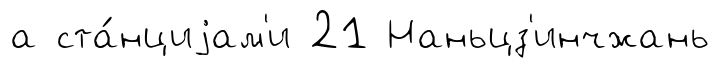
а ста́нциjам'и 21 Наньцз'инчжань